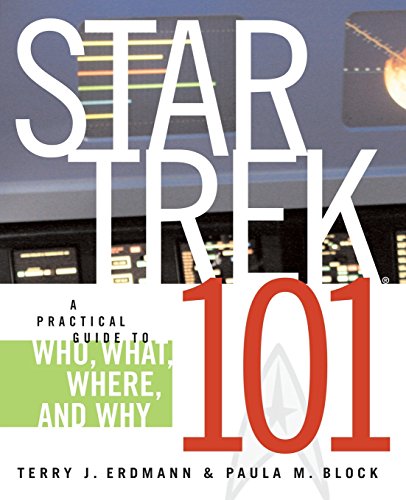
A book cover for Star Trek 101: A Practical Guide to Who, What, Where, and Why; Terry J. Erdmann; Humor & Entertainment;